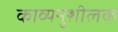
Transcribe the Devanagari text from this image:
काव्यनुशीलक